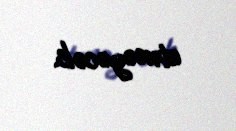
etməyəcək.